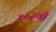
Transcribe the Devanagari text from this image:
१०२वी